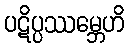
ပဋိပ္ပဿမ္ဘေဟိ